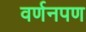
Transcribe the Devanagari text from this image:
वर्णनपण